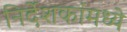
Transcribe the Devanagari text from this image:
निर्देशकांमध्ये